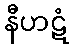
နီဟဋံ